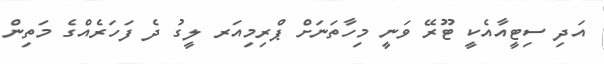
އަދި ސިޓީއާއެކީ ޓޫރޭ ވަނީ މިހާތަނަށް ޕްރިމިއަރ ލީގު ދެ ފަހަރެއްގެ މަތިން